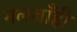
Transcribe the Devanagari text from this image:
गलबाँही